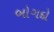
બોગદો